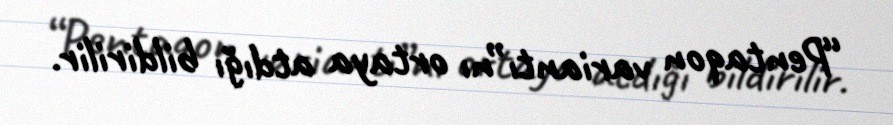
“Pentaqon variantı”nı ortaya atdığı bildirilir.